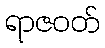
ရာဇဝတ်